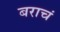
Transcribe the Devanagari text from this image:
बराचं